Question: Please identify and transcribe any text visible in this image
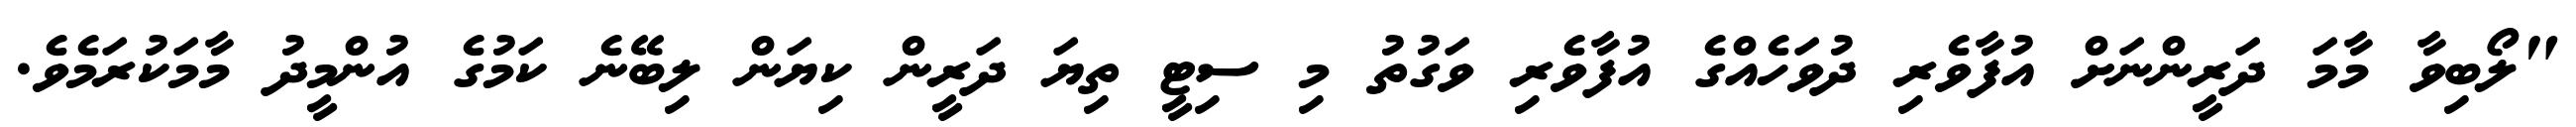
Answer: "ލޯބިވާ މާމަ ދަރީންނަށް އުފާވެރި ދުވަހެއްގެ އުފާވެރި ވަގުތު މި ސިޓީ ތިޔަ ދަރީން ކިޔަން ލިބޭނެ ކަމުގެ އުންމީދު މާމަކުރަމެވެ.